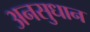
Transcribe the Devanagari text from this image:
अनसुधान